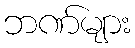
ဘဏ်များ